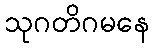
သုဂတိဂမနေ